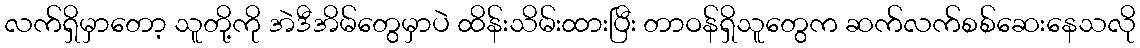
လက်ရှိမှာတော့ သူတို့ကို အဲဒီအိမ်တွေမှာပဲ ထိန်းသိမ်းထားပြီး တာဝန်ရှိသူတွေက ဆက်လက်စစ်ဆေးနေသလို